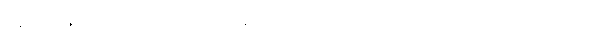
၀၅၈+၀၅၉+လောက်။ တိဋ္ဌမာနာ၊ တည်တော်မူလျက်။ သော၊ ထိုကောဏ္ဍည